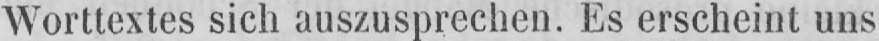
Worttextes sich auszusprechen. Es erscheint uns